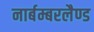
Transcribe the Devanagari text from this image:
नार्बम्बरलैण्ड